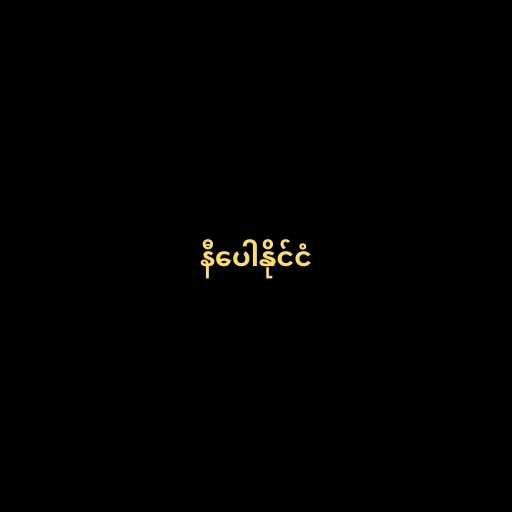
နီပေါနိုင်ငံ